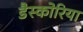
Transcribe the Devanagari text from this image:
डैस्कोरिया